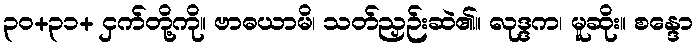
၃၀+၃၁+ ငှက်တို့ကို။ ဗာဓယာမိ၊ သတ်ညှဉ်းဆဲ၏။ လုဒ္ဒက၊ မူဆိုး။ စန္ဒော